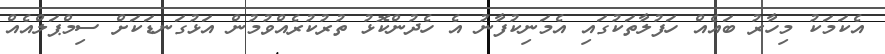
އެކަމަކު މިހާރު ބައެއް ހަފުލާތަކުގައި އެމަނިކުފާނު އެ ހެދުންކޮޅު ތުރުކުރެއްވުމުން އަޅުގަނޑަކަށް ސިމްޕަލްއެއް